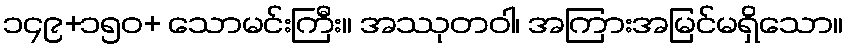
၁၄၉+၁၅၀+ သောမင်းကြီး။ အဿုတဝါ၊ အကြားအမြင်မရှိသော။